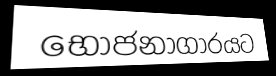
භොජනාගාරයට